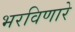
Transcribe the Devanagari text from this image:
भरविणारे